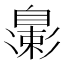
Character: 𬛮